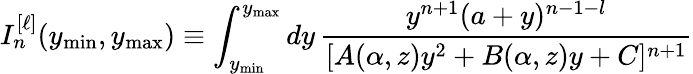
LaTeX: I_{n}^{[\ell]}(y_{\mathrm{min}},y_{\mathrm{max}})\equiv\int_{y_{\mathrm{min}}}^{y_{\mathrm{max}}}dy\, \frac{y^{n+1}(a+y)^{n-1-l}}{[A(\alpha,z)y^{2}+B(\alpha,z)y+C]^{n+1}}